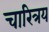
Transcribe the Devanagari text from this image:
चारित्रय